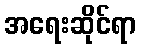
အရေးဆိုင်ရာ